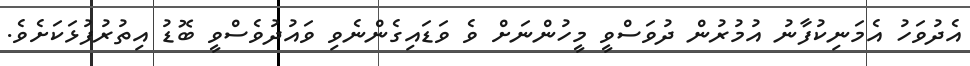
އެދުވަހު އެމަނިކުފާނު އުމުރުން ދުވަސްވީ މީހުންނަށް ވެ ވަޑައިގެންނެވި ވައުދުވެސްވީ ބޮޑު އިތުރުފުޅަކަށެވެ.